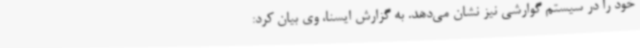
خود را در سیستم گوارشی نیز نشان می‌دهد. به گزارش ایسنا، وی بیان کرد: